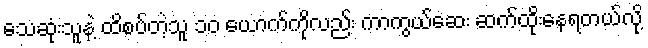
သေဆုံးသူနဲ့ ထိစပ်တဲ့သူ ၁၀ ယောက်ကိုလည်း ကာကွယ်ဆေး ဆက်ထိုးနေရတယ်လို့